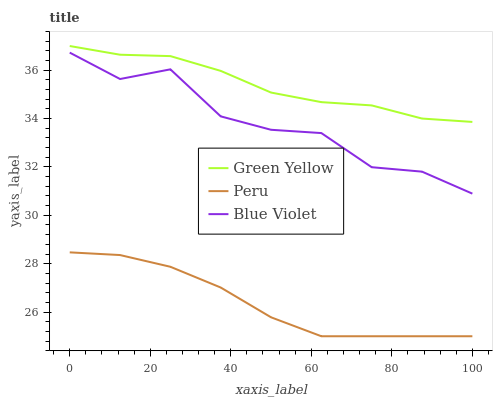
| xaxis_label | Green Yellow | Peru | Blue Violet |
 | --- | --- | --- | --- |
 | 0 | 37 | 28.5 | 36.7 |
 | 12.5 | 36.6 | 28.4 | 35.6 |
 | 25 | 36.6 | 27.9 | 36 |
 | 37.5 | 36 | 27 | 34.1 |
 | 50 | 35.1 | 25.8 | 33.5 |
 | 62.5 | 34.7 | 25 | 33.4 |
 | 75 | 34.5 | 25 | 32 |
 | 87.5 | 34 | 25 | 31.8 |
 | 100 | 33.9 | 25 | 30.9 |